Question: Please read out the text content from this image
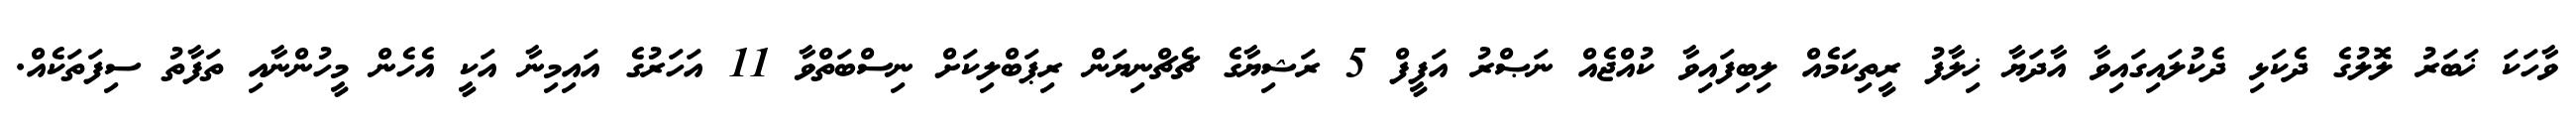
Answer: ވާހަކަ ޚަބަރު ލޮލުގެ ދެކަޅި ދެކުލައިގައިވާ އާދަޔާ ޚިލާފު ރީތިކަމެއް ލިބިފައިވާ ކުއްޖެއް ނަޞްރު އަފީފް 5 ރަޝިޔާގެ ޗެޗްނިޔަން ރިޕަބްލިކަށް ނިސްބަތްވާ 11 އަހަރުގެ އައިމިނާ އަކީ އެހެން މީހުންނާއި ތަފާތު ސިފަތަކެއް.